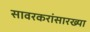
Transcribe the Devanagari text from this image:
सावरकरांसारख्या